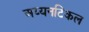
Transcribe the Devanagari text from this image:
अय्यनटिकल